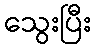
သွေးပြီး